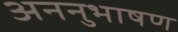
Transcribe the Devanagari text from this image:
अननुभाषण